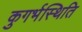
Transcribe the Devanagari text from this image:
कुगर्भस्थिति